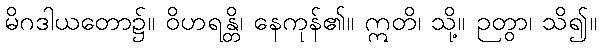
မိဂဒါယတော၌။ ဝိဟရန္တိ၊ နေကုန်၏။ ဣတိ၊ သို့။ ဉတွာ၊ သိ၍။